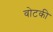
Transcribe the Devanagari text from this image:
वोटकी